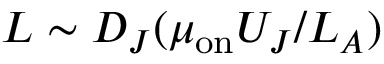
L \sim D _ { J } ( \mu _ { \mathrm { o n } } U _ { J } / L _ { A } )